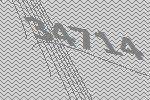
34714